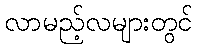
လာမည့်လများတွင်